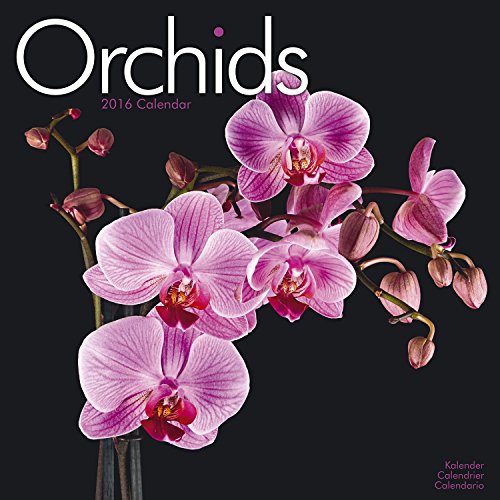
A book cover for Orchids Calendar - 2016 Wall calendars - Garden Calendars - Flower Calendar - Monthly Wall Calendar by Avonside; MegaCalendars; Calendars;